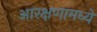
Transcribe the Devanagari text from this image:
आरक्षणामध्ये